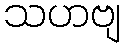
သဟဗျ